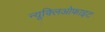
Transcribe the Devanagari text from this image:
न्यूक्लिओफाइट